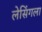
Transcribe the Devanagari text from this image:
लेसिंगला